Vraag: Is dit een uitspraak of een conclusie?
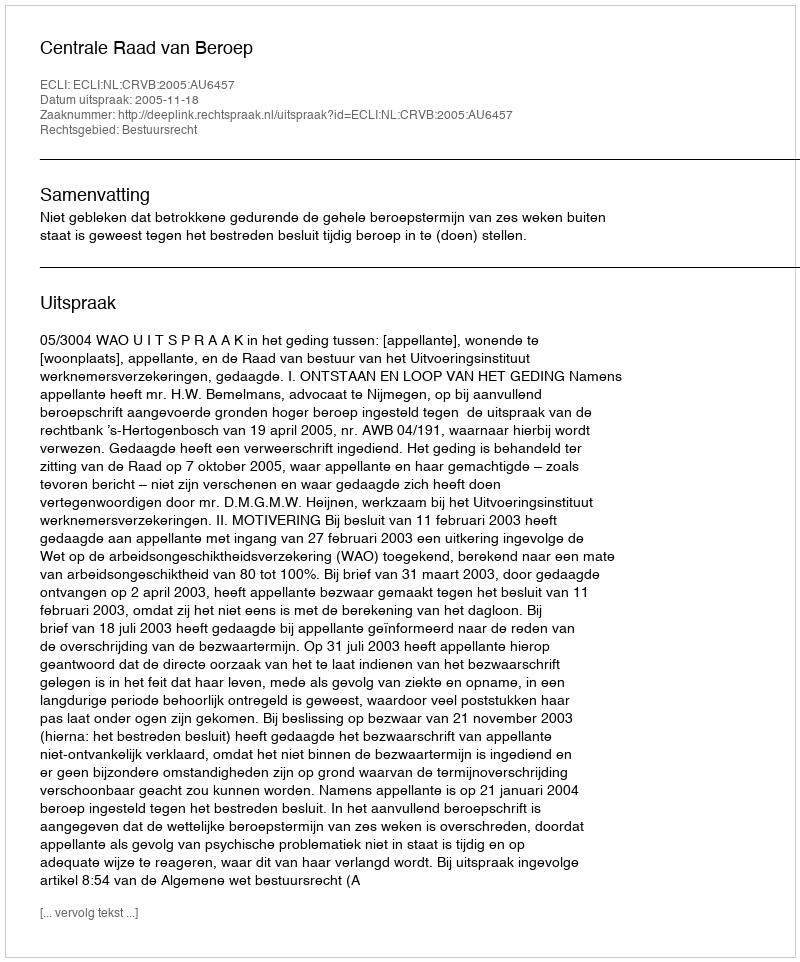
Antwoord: Uitspraak